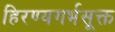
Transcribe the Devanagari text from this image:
हिरण्यगर्भसूक्त